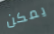
يمكن